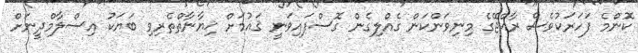
ކޮންމެ ފަހަރަކުވެސް ރާއްޖޭގެ މިނިވަންކަން ގެއްލިގެން ގޮސްފައިވަނީ ޤައުމަށް ޚިޔާނާތްތެރިވި ބަޔަކު އިސްލާމްދީނަށް